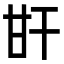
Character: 𤮽